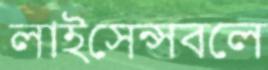
লাইসেন্সবলে